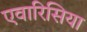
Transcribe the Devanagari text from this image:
एवारिसिया